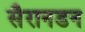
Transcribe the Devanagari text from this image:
सैरानडन